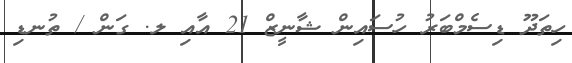
ހިތަދޫ ޑިސެމްބަރު ހުސައިން ޝާނީޒް 21 އާއި ލ. ގަން / ތުނޑި